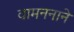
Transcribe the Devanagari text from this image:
वामननाने